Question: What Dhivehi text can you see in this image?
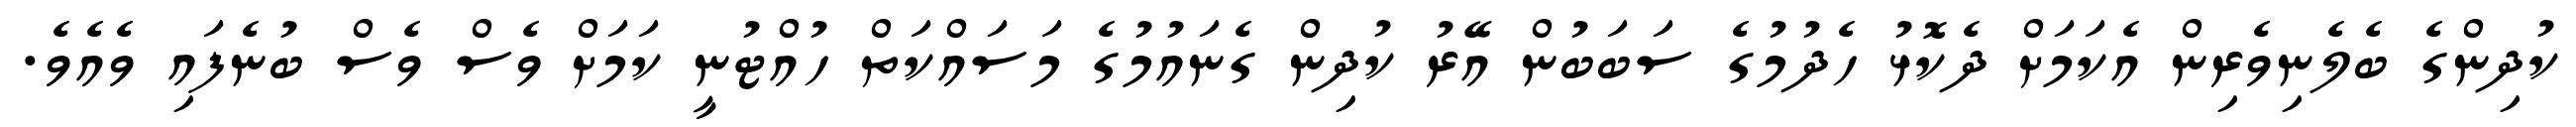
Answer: ކުދިންގެ ބެލެނިވެރިން އެކަމަށް ދެކޮޅު ހެދުމުގެ ސަބަބުން އޭރު ކުދިން ގެނައުމުގެ މަސައްކަތް ހުއްޓުނީ ކަމަށް ވެސް ވެސް ބުނެފައި ވެއެވެ.